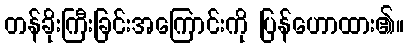
တန်ခိုးကြီးခြင်းအကြောင်းကို ပြန်ဟောထား၏။